Medical and sanitary report of the native army of Bengal for the year
Year: 1878
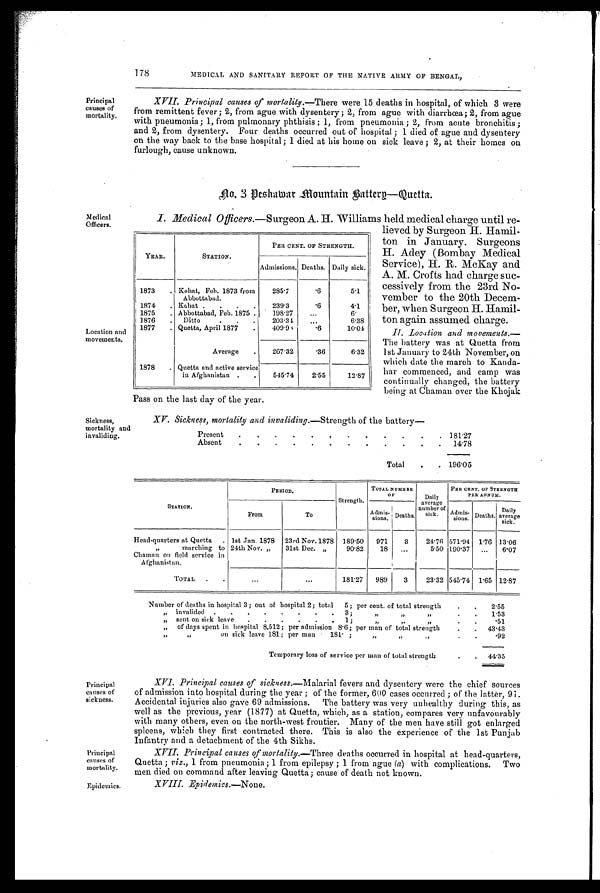
Principal
causes of
mortality.
Epidemics.
178
MEDICAL AND SANITARY REPORT OF THE. NATIVE ARMY OF BENGAL,
Principal
causes of
mortality.
XVII. Principal causes of modality.—There were 15 deaths in hospital, of which 3 were
from remittent fever ; 2, from ague with dysentery; 2, from ague with diarrhœa; 2, from ague
with pneumonia ; 1, from pulmonary phthisis ; 1, from pneumonia ; 2, from acute bronchitis ;
and 2, from dysentery. Four deaths occurred out of hospital ; 1 died of ague and dysentery
on the way back to the base hospital; 1 died at his home on sick leave ; 2, at their homes on
furlough, cause unknown.
no. 3 Peshawar Mountain Battery—Quetta.
Medical
Officers.
Location and
movements.
Sickness,
mortality and
invaliding.
I. Medical Officers. —Surgeon A. H. Williams held medical charge until re-
lieved by Surgeon H. Hamil-
ton in January. Surgeons
H. Adey (Bombay Medical
Service), H. R. McKay and
A. M. Crofts had charge suc-
cessively from the 23rd No-
vember to the 20th Decem-
ber, when Surgeon Hamil-
ton again assumed charge.
II. Location and movements.
—The battery was at Quetta from
1st January to 24th November, on
which date the march to Kanda
har commenced, and camp was
continually changed, the battery
being at Chaman over the Khojak
Pass on the last day of the year.
XV. Sickness, mortality and invaliding.— Strength of the battery
—
Present . . . . . . . . . . .
181.27
Absent . . . . . . . . . . . . 1 4 . 7 8
Total . . 1 9 6 . 0 5
YEAR.
STATION.
PER CENT. OF STRENGTH.
Admissions. Deaths. Daily sick.
1873 . Kohat, Feb. 1873 from
Abbottabad.
285.7
. 6 5.1
1874 . Kohat . . . . 239.3
. 6 4.1
1875 . Abbottabad, Feb. 1875. 198.27 ...
6.
1876 . Ditto
. . . 203.31 ...
6.38
1877 . Quetta, April 1877 . 409.9
. 6 10.04
Average . 267.32
. 3 6 6.32
1878 . Quetta and active service
in Afghanistan . . 545.74 2.55
12.87
STATION.
PERIOD .
Strength.
TOTAL NUMBER
OF
Daily
average
number of
sick.
PER CENT. OF STRENGTH
P E R A N N U M .
From
To
Admi ssi ons. Deaths.
Admis sions. Deaths. Daily
average sick.
Head-quarters at Quetta . 1st Jan. 1878 23rd Nov. 1878 189.50 971 3 24.76 571.94 1.76 13.06
,,
marching to
Chaman on field service in
Afghanistan.
24th Nov. „ 31st Dec. „
90.82 18 ...
5.50 190.37 ... 6.07
TOTAL . .
...
...
181.27 989 3 23.32 545.74 1.65 12.87
Number of deaths in hospital 3; out of hospital 2; total 5 ; per cent. of total strength . . 2 . 5 5
, , invalided . . . . . . . . 3;
, ,
,, . . 1.53
” sent on sick leave . . . . . . 1;
,,
,,
. . .51
„ of days spent in hospital 8,512 ; per admission 8.6 ; per man of total strength . . 43.43
,,
on sick leave 181; per man 181;
, ,
,,
,,
.92
Temporary loss of service per man of total strength
. . 4 4 . 3 5
Principal
causes of
sickness.
XVI. Principal causes of sickness.—Malarial fevers and dysentery were the chief sources
of admission into hospital during the year ; of' the former, 600 cases occurred ; of the latter, 91.
Accidental injuries also gave 69 admissions. The battery was very unhealthy during this, as
well as the previous, year (1877) at Quetta, which, as a station, compares very unfavourably
with many others, even on the north-west frontier. Many of the men have still got enlarged
spleens, which they first contracted there. This is also the experience of the 1st Punjab
Infantry and a detachment of the 4th Sikhs.
XVI. Principal causes of mortality.— Three deaths occurred in hospital at head-quarters,
Quetta ; viz., 1 from pneumonia ; 1 from epilepsy ; 1 from ague ( a) with complications. Two
men died on command after leaving Quetta; cause of death not known.
X V I I . E p i d e m i c s . — N o n e .